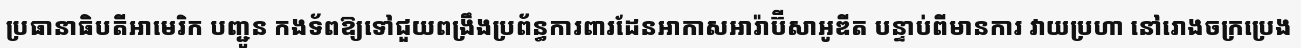
ប្រធានាធិបតីអាមេរិក បញ្ជូន កងទ័ពឱ្យទៅជួយពង្រឹងប្រព័ន្ធការពារដែនអាកាសអារ៉ាប៊ីសាអូឌីត បន្ទាប់ពីមានការ វាយប្រហា នៅរោងចក្រប្រេង